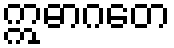
ဣဓာဂတေ